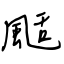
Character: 颳